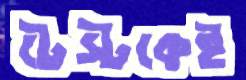
টেস্টকেই